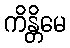
ကိန္တိမေ